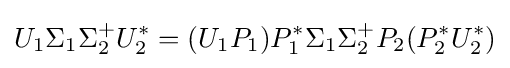
U_{1}\Sigma _{1}\Sigma _{2}^{+}U_{2}^{*}=(U_{1}P_{1})P_{1}^{*}\Sigma _{1}\Sigma _{2}^{+}P_{2}(P_{2}^{*}U_{2}^{*})